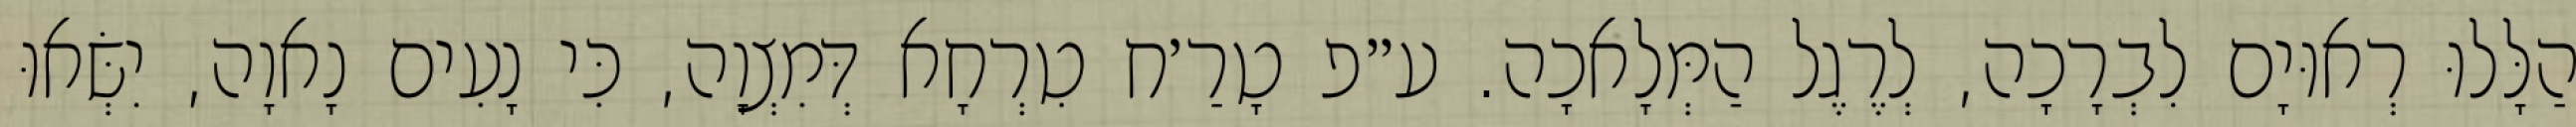
הַלָּלוּ רְאוּיָם לִבְרָכָה, לְרֶגֶל הַמְּלָאכָה. ע״פ טָרַ׳ח טִרְחָא דְּמִצְוָה, כִּי נָעִים נָאוָה, יִשְּׂאוּ